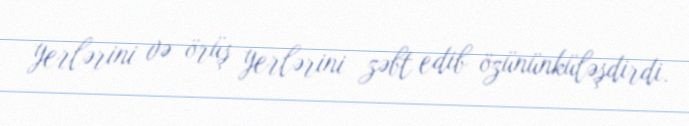
yerlərini və örüş yerlərini zəbt edib özününküləşdirdi.